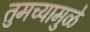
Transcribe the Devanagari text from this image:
तुमच्यामुळे